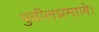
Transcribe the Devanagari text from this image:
पुढीलप्रमाणेः